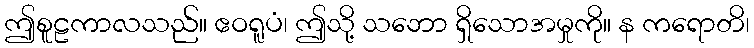
ဤစူဠကာလသည်။ ဧဝရူပံ၊ ဤသို့ သဘော ရှိသောအမှုကို။ န ကရောတိ၊